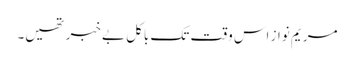
مریم نواز اس وقت تک باکل بے خبر تھیں۔